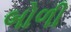
બોળી